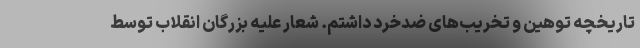
تاریخچه توهین و تخریب‌های ضدخرد داشتم. شعار علیه بزرگان انقلاب توسط